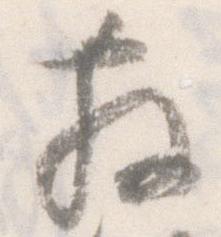
散